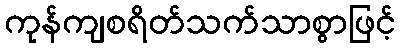
ကုန်ကျစရိတ်သက်သာစွာဖြင့်